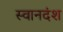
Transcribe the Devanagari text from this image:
स्वानदंश